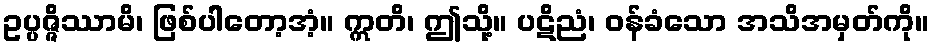
ဥပ္ပဇ္ဇိဿာမိ၊ ဖြစ်ပါတော့အံ့။ ဣတိ၊ ဤသို့။ ပဋိညံ၊ ဝန်ခံသော အသိအမှတ်ကို။